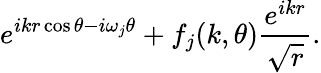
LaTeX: e^{ikr\cos\theta-i\omega_{j}\theta}+f_{j}(k,\theta)\frac{e^{ikr}}{\sqrt{r}}.